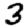
Digit: 3